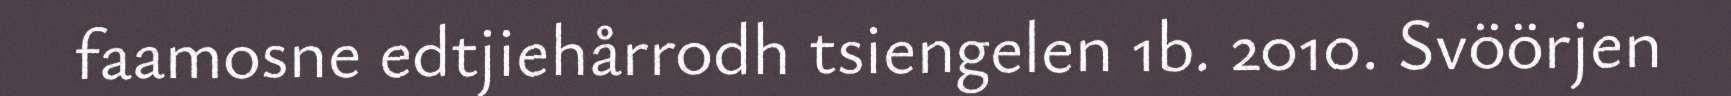
faamosne edtjiehårrodh tsiengelen 1b. 2010. Svöörjen